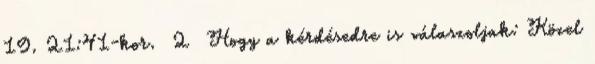
19. 21:41-kor. 2 Hogy a kérdésedre is válaszoljak: Közel